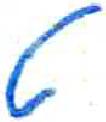
אות: ט